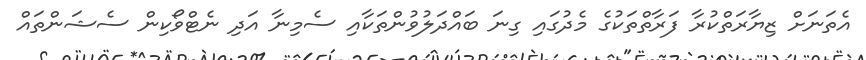
އެތަނަށް ޒިޔާރަތްކުރާ ފަރާތްތަކުގެ މެދުގައި ގިނަ ބައްދަލުވުންތަކާއި ސެމިނާ އަދި ނެޓްވޯކިން ސެޝަންތައް